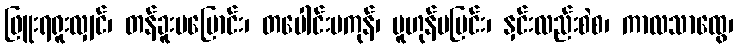
ဖြူးရရူးလျှင်၊ တန်ခူးမပြောင်း၊ တပေါင်းမကုန်၊ ပူဟုန်မပြင်း၊ နှင်းလည်းစဲစ၊ ကာလသာထွေ၊